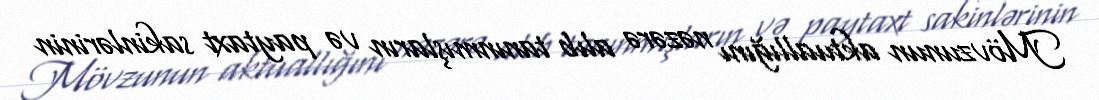
Mövzunun aktuallığını nəzərə alıb tanınmışların və paytaxt sakinlərinin